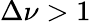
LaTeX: \Delta\nu>1